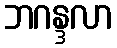
ဘဂန္ဒလာ